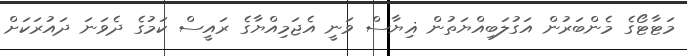
މަޓާޓޯގެ މެންބަރުން އަގުލަބިއްޔަތުން ޣިޔާސް ވަނީ އެޖަމިއްޔާގެ ރައީސް ކަމުގެ ދެވަނަ ދައުރަކަށް